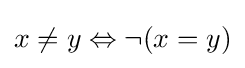
x\neq y\Leftrightarrow \neg (x=y)